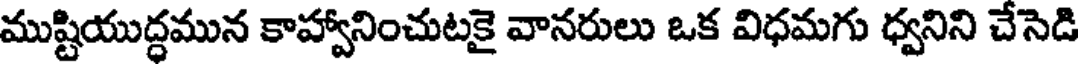
ముష్టియుద్ధమున కాహ్వానించుటకై వానరులు ఒక విధమగు ధ్వనిని చేసెడి